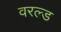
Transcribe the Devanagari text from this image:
वरल्ड